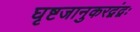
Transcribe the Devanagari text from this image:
घृष्टजानुकरद्वंद्वः